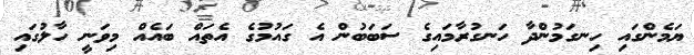
ޔަމެންގައި ހިނގަމުންދާ ހަނގުރާމައިގެ ސަބަބުން އެ ގައުމުގެ އެތައް ބައެއް މިވަނީ ހާލުގައި